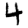
Digit: 4